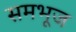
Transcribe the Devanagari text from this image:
समभूज